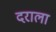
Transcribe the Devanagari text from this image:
दराला